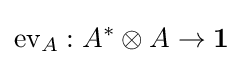
{\text{ev}}_{A}:A^{*}\otimes A\to {\bf {1}}